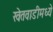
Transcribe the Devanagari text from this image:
खेतवाडीमध्ये